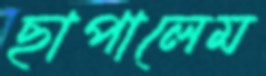
ছাপালেম